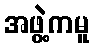
အဖွဲ့ကမူ